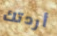
أردتك